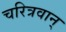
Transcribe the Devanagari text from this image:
चरित्रवान्‌